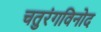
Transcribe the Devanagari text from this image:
चतुरंगविनोद